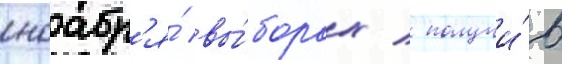
ноабр'я́ вы́борах / получи́в